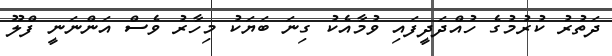
ދަތުރު ކުރުމުގެ ހުއްދަދީފައި ވުމާއެކު ގިނަ ބަޔަކު މިހާރު ވެސް އަންނަނީ ފްލޫ